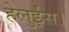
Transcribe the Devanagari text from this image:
हेलुईस।